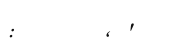
: